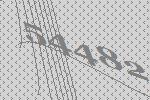
54482